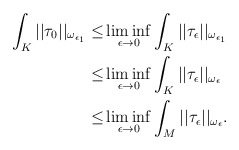
\begin{align*} \int_K ||\tau_0||_{\omega_{\epsilon_1}} \le&\liminf_{\epsilon\to 0} \int_K ||\tau_{\epsilon}||_{\omega_{\epsilon_1}}\\ \le & \liminf_{\epsilon\to 0} \int_K ||\tau_{\epsilon}||_{\omega_{\epsilon}}\\ \le &\liminf_{\epsilon\to 0} \int_M ||\tau_{\epsilon}||_{\omega_{\epsilon}}. \end{align*}